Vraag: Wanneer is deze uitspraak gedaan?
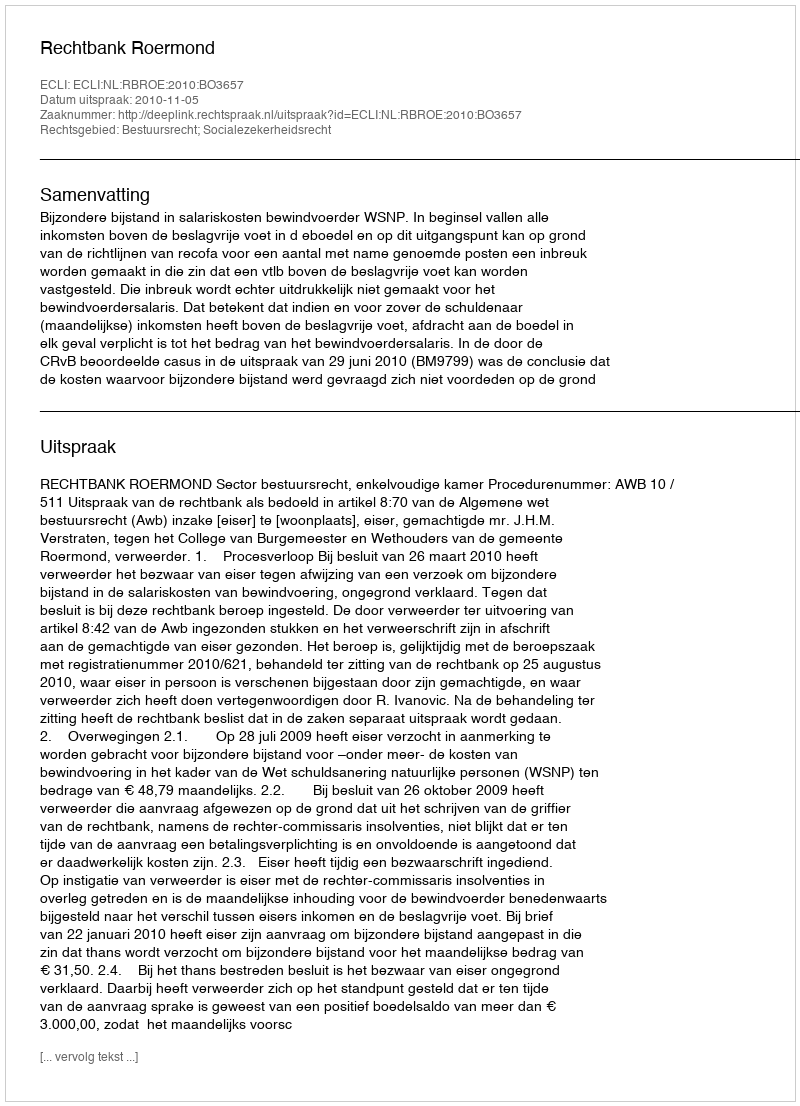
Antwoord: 2010-11-05